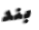
بند